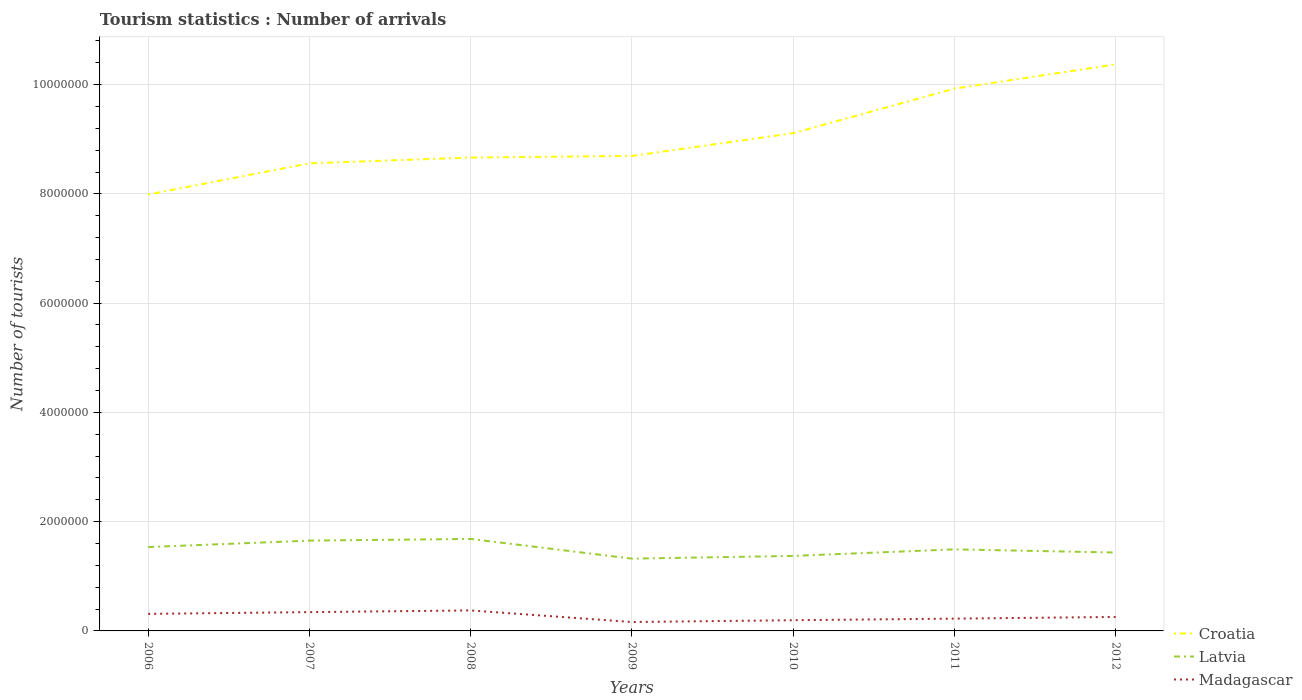
| Years | Croatia | Latvia | Madagascar |
 | --- | --- | --- | --- |
 | 2006 | 7.99e+06 | 1.54e+06 | 3.12e+05 |
 | 2007 | 8.56e+06 | 1.65e+06 | 3.44e+05 |
 | 2008 | 8.66e+06 | 1.68e+06 | 3.75e+05 |
 | 2009 | 8.69e+06 | 1.32e+06 | 1.63e+05 |
 | 2010 | 9.11e+06 | 1.37e+06 | 1.96e+05 |
 | 2011 | 9.93e+06 | 1.49e+06 | 2.25e+05 |
 | 2012 | 1.04e+07 | 1.44e+06 | 2.56e+05 |